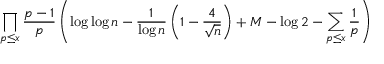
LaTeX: \prod _ { p \leq x } { \frac { p - 1 } { p } } \left( \log \log n - { \frac { 1 } { \log n } } \left( 1 - { \frac { 4 } { \sqrt { n } } } \right) + M - \log 2 - \sum _ { p \leq x } { \frac { 1 } { p } } \right)